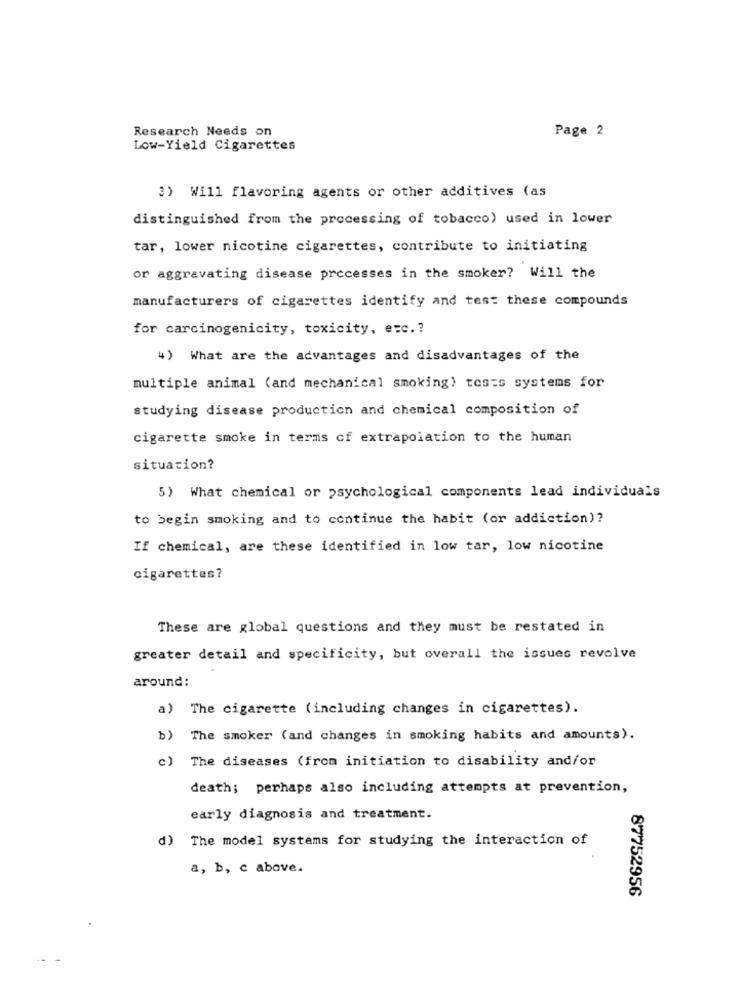
Research Needs on
Page 2
Low-Yield Cigarettes
3) Will flavoring agents or other additives (as
distinguished from the processing of tobacco) used in lower
tar, lower nicotine cigarettes, contribute to initiating
or aggravating disease processes in the smoker? Will the
manufacturers of cigarettes identify and test these compounds
for carcinogenicity, toxicity, etc .?
4) What are the advantages and disadvantages of the
multiple animal (and mechanical smoking) tos=s systems for
studying disease production and chemical composition of
cigarette smoke in terms of extrapolation to the human
situation?
5) What chemical or psychological components lead individuals
to begin smoking and to continue the habit (or addiction)?
If chemical, are these identified in low tar, low nicotine
cigarettes?
These are global questions and they must be restated in
greater detail and specificity, but overall the issues revolve
around:
a) The cigarette (including changes in cigarettes).
b) The smoker (and changes in smoking habits and amounts).
c) The diseases (from initiation to disability and/or
death; perhaps also including attempts at prevention,
early diagnosis and treatment.
d) The model systems for studying the interaction of
a, b, c above.
87752956